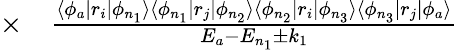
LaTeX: \begin{array}{rl}{\times}&{{}\frac{\langle\phi_{a}|r_{i}|\phi_{n_{1}}\rangle\langle\phi_{n_{1}}|r_{j}|\phi_{n_{2}}\rangle\langle\phi_{n_{2}}|r_{i}|\phi_{n_{3}}\rangle\langle\phi_{n_{3}}|r_{j}|\phi_{a}\rangle}{E_{a}-E_{n_{1}}\pm k_{1}}}\end{array}